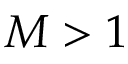
M > 1